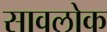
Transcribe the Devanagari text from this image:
सावलोक